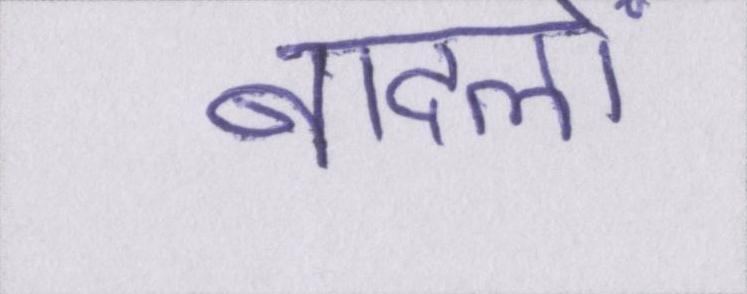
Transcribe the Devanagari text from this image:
बादलों